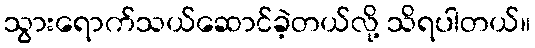
သွားရောက်သယ်ဆောင်ခဲ့တယ်လို့ သိရပါတယ်။